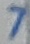
Text: 7